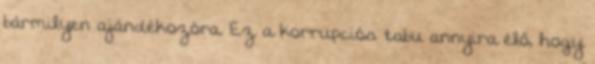
bármilyen ajándékozóra. Ez a korrupciós tabu annyira élő, hogy